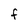
Character: F